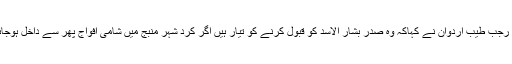
یہی وجہ ہے کہ صحافیوں سے گفتگوکرتے ہوئے رجب طیب اردوان نے کہاکہ وہ صدر بشار الاسد کو قبول کرنے کو تیار ہیں اگر کرد شہر منبج میں شامی افواج پھر سے داخل ہوجائیں اور کرد جنگجووں کو علاقے سے دور رکھیں۔